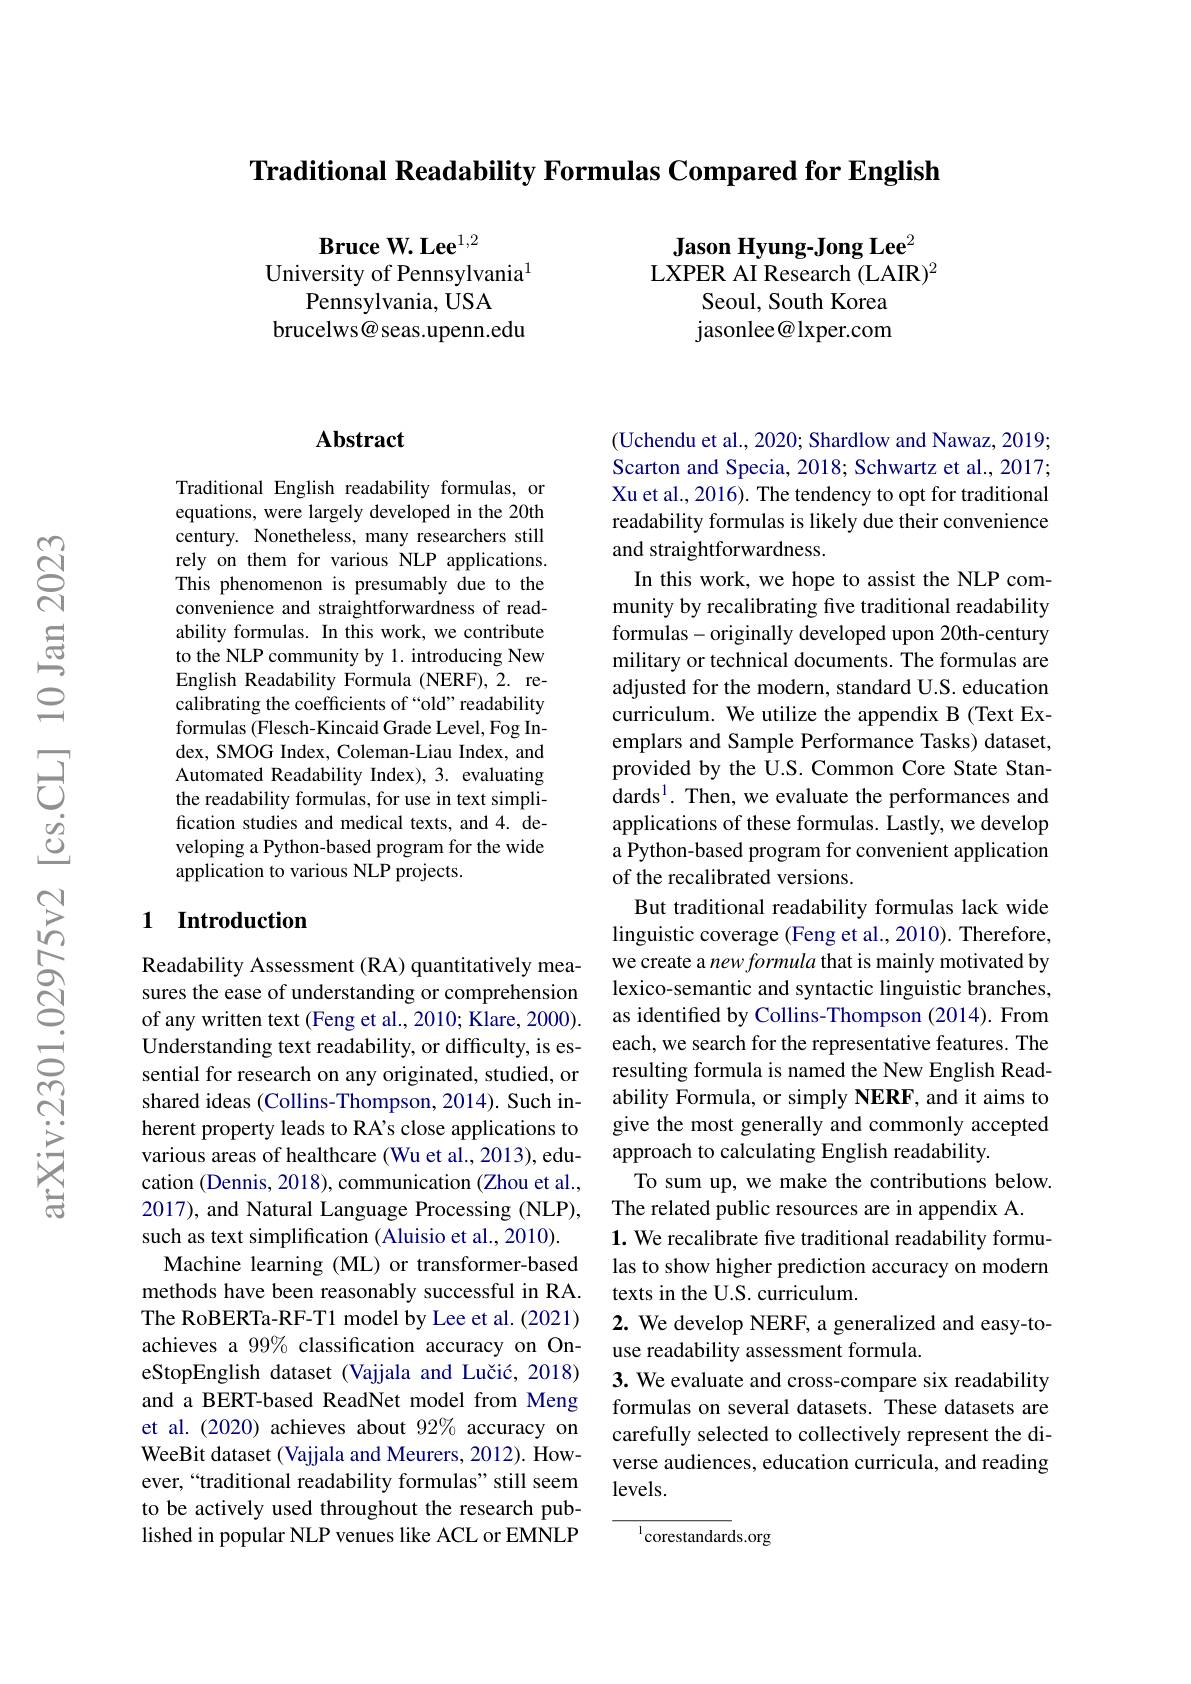
Traditional Readability Formulas Compared for English

Bruce W. Lee$^{1,2}$
University of Pennsylvania$^{1}$
Pennsylvania, USA
brucelws@ seas.upenn.edu

Jason Hyung-Jong Lee$^{2}$ LXPER AI Research (LAIR)$^{2}$
Seoul, South Korea jasonlee@lxper.com

## Abstract

Traditional English readability formulas, or equations, were largely developed in the 20th century. Nonetheless, many researchers still rely on them for various NLP applications. This phenomenon is presumably due to the convenience and straightforwardness of readability formulas. In this work, we contribute to the NLP community by 1. introducing New English Readability Formula (NERF),2. recalibrating the coefficients of “old” readability formulas (Flesch-Kincaid Grade Level, Fog Index, SMOG Index, Coleman-Liau Index, and Automated Readability Index), 3. evaluating the readability formulas, for use in text simplification studies and medical texts, and 4. developing a Python-based program for the wide application to various NLP projects.

## 1 Introduction

Readability Assessment (RA) quantitatively measures the ease of understanding or comprehension of any written text (Feng et al., 2010; Klare, 2000). Understanding text readability, or difficulty, is essential for research on any originated, studied, or shared ideas (Collins-Thompson, 2014). Such inherent property leads to RA's close applications to various areas of healthcare (Wu et al., 2013), education (Dennis, 2018), communication (Zhou et al., 2017), and Natural Language Processing (NLP), such as text simplification (Aluisio et al., 2010).
Machine learning (ML) or transformer-based methods have been reasonably successful in RA. The RoBERTa-RF-T1 model by Lee et al.(2021) achieves a 99% classification accuracy on OneStopEnglish dataset (Vajjala and Lučić, 2018) and a BERT-based ReadNet model from Meng et al.(2020) achieves about 92% accuracy on WeeBit dataset (Vajjala and Meurers, 2012). However,“traditional readability formulas" still seem to be actively used throughout the research published in popular NLP venues like ACL or EMNLP

(Uchendu et al., 2020; Shardlow and Nawaz, 2019; Scarton and Specia, 2018; Schwartz et al., 2017; Xu et al., 2016). The tendency to opt for traditional readability formulas is likely due their convenience and straightforwardness.
In this work, we hope to assist the NLP community by recalibrating five traditional readability formulas- originally developed upon 20th-century military or technical documents. The formulas are adjusted for the modern, standard U.S. education curriculum. We utilize the appendix B (Text Exemplars and Sample Performance Tasks) dataset, provided by the U.S. Common Core State Standards$^{1}.$ Then, we evaluate the performances and applications of these formulas. Lastly, we develop a Python-based program for convenient application of the recalibrated versions.
But traditional readability formulas lack wide linguistic coverage (Feng et al., 2010). Therefore, we create a new formula that is mainly motivated by lexico-semantic and syntactic linguistic branches, as identified by Collins-Thompson (2014). From each, we search for the representative features. The resulting formula is named the New English Readability Formula, or simply NERF, and it aims to give the most generally and commonly accepted approach to calculating English readability.
To sum up, we make the contributions below.
The related public resources are in appendix A.
$\mathbf{1.~We~recalibrate~five~traditional~readability~formu-}$ las to show higher prediction accuracy on modern texts in the U.S. curriculum.
2. We develop NERF, a generalized and easy-to-
use readability assessment formula.
3. We evaluate and cross-compare six readability formulas on several datasets. These datasets are carefully selected to collectively represent the diverse audiences, education curricula, and reading $levels.$

$^{1}$corestandards.org